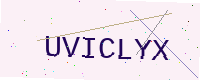
Text: UVICLYX